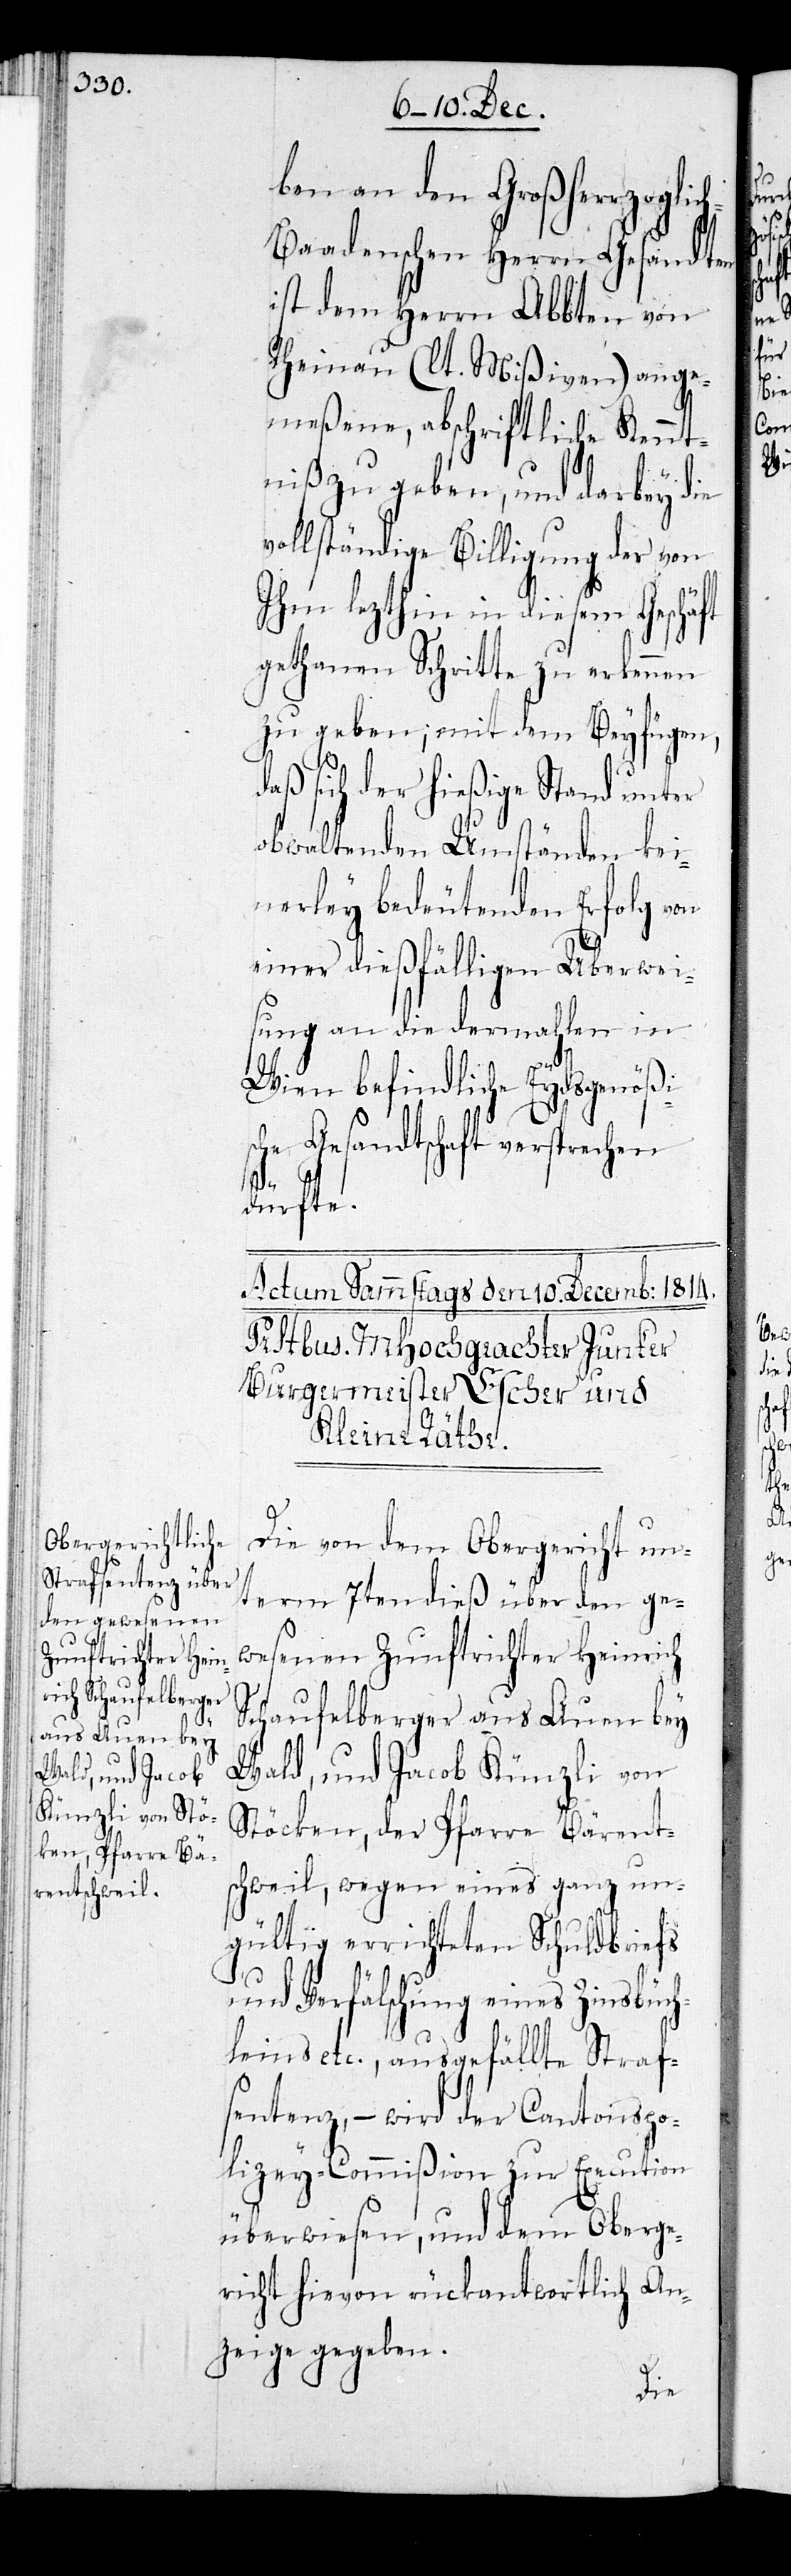
ben an den Großherzoglic¬
h-Baadischen Herrn Gesandten
ist dem Herrn Abbten von
Rheinau (lt. Mißiven) ange¬
meßene, abschriftliche Kennt¬
niß zu geben, und darbey die
vollständige Billigung der von
ihm lezthin in diesem Geschä¬
gethanen Schritte zu erkennen
zu geben; mit dem Beyfügen,
daß sich der hießige Stand unter
obwaltenden Umständen kei¬
nerley bedeutenden Erfolg von
einer dießfälligen Überwei¬
sung an die dermahlen in
Wien befindliche Eydsgenößis¬
che Gesandtschaft versprechen
dürfen.
Die von dem Obergericht un¬
term 7ten dieß über den ge¬
wesenen Zunftrichter Heinrich
Schaufelberger aus Auen bey
Wald, und Jacob Künzli von
Stöck, der Pfarre Bärent¬
schweil, wegen eines ganz un¬
gültig errichteten Schuldbriefs
ft
und Verfälschung eines Zinsbüch¬
leins etc., ausgefällte Straf¬
sentenz, – wird der Cantonspo¬
lizey-Commißion zur Execution
überwiesen, und dem Oberge¬
richt hievon rückantwortlich An¬
zeige gegeben.